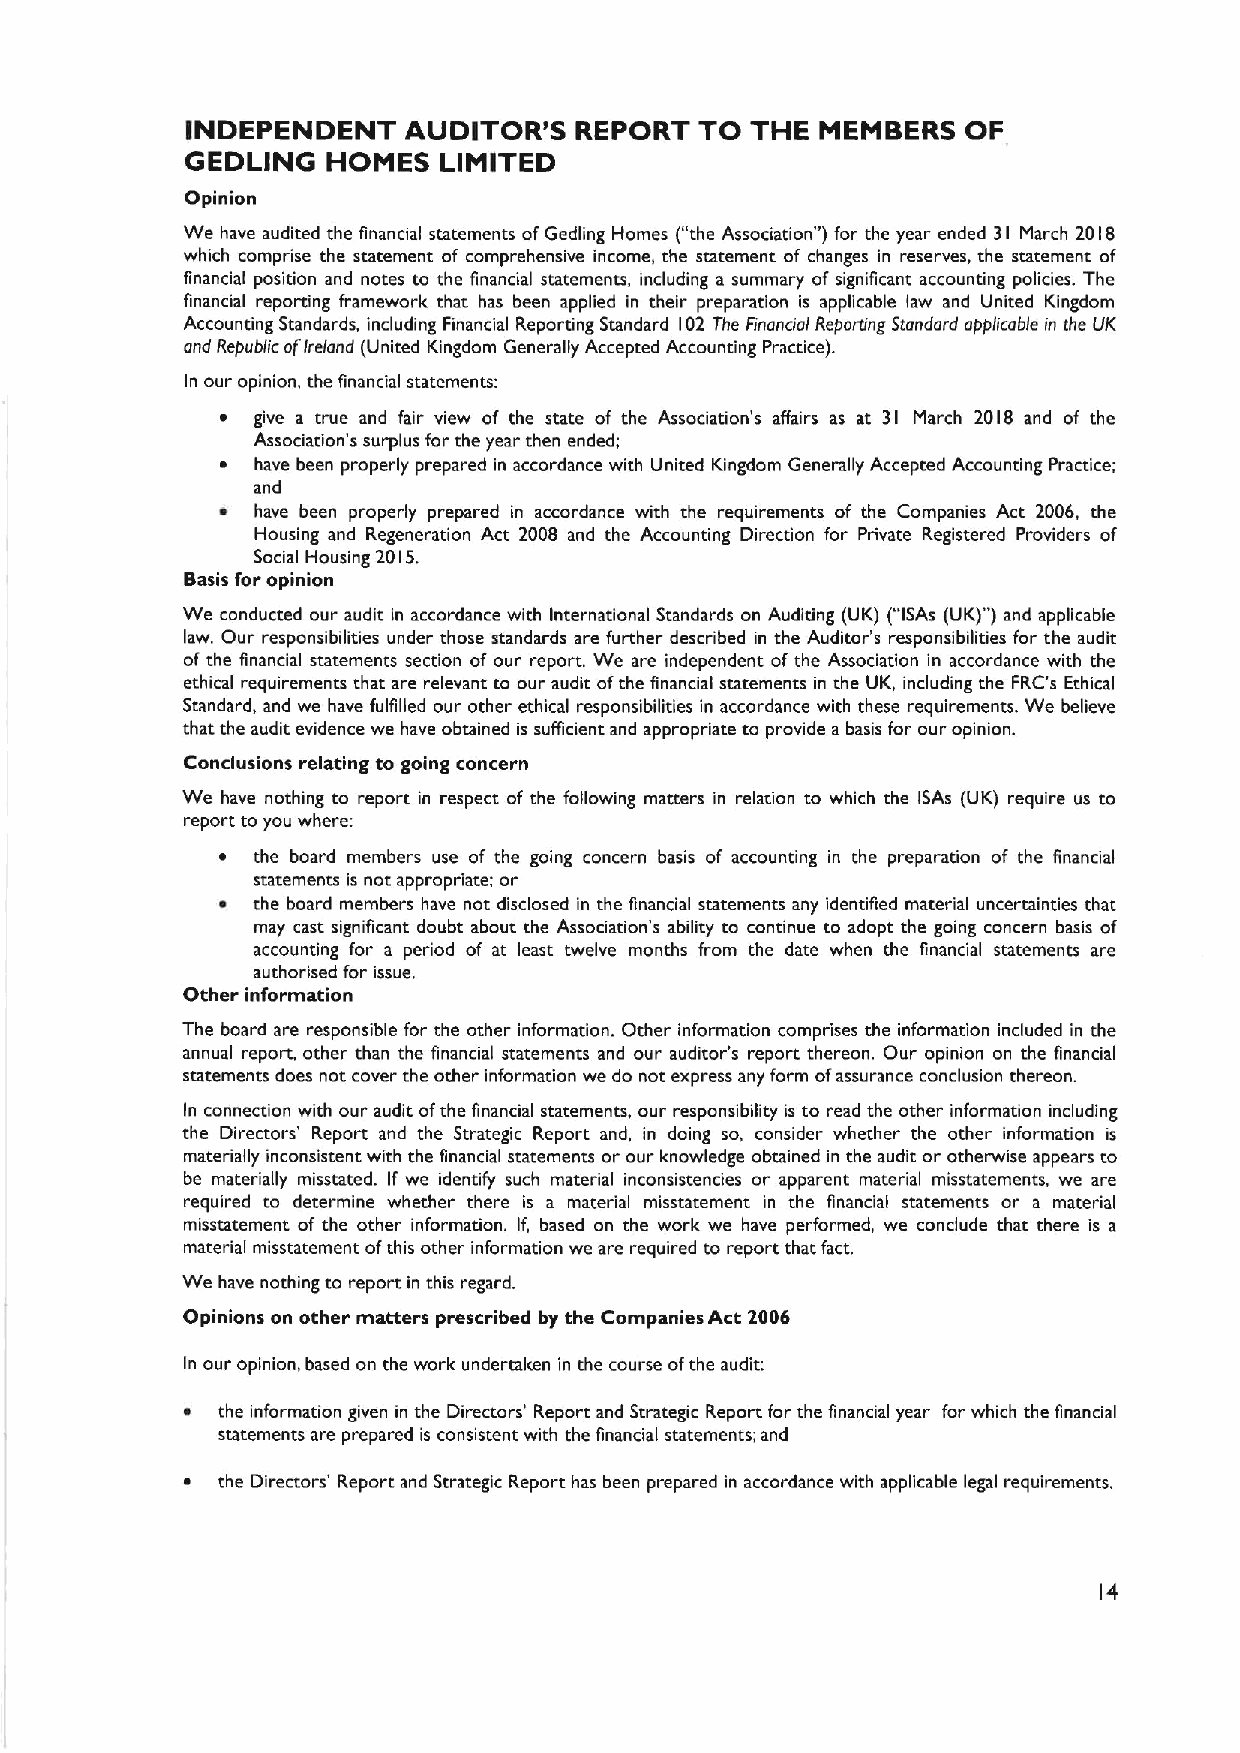
INDEPENDENT    AUDITOR'S  REPORT  TO  THE MEMBERS   OF
 GEDLING   HOMES  LIMITED
 Opinion
 We have audited the financial statements ofGedling Homes ("the Association" ) for the year ended 31 March 2018
 which comprise the statement of comprehensive income, the statement of changes in reserves, the statement of
 financial position and notes to the financial statements, including a summary of significant accounting policies. The
 financial reporting framework that has been applied in their preparation is applicable law and United Kingdom
 Accounting Standards, including Financial Reporting Standard 102 The Finoncial Reponing Standard app/icable in the UK
 ond Republic ofIreland (United Kingdom Generally Accepted Accounting Practice).
 In our opinion, the financial statements:
 ~ give a true and fair view of the state of the Association's affairs as at 31 March 2018 and of the
 Association's surplus for the year then ended;
 ~ have been properly prepared in accordance with United Kingdom Generally Accepted Accounting Practice;
 and
 ~  have been properly prepared in accordance with the requirements of the Companies Act 2006, the
 Housing and Regeneration Act 2008 and the Accounting Direction for Private Registered Providers of
 Social Housing 2015.
 Basis for opinion
 We conducted our audit in accordance with International Standards on Auditing (UK) ("ISAs (UK)")and applicable
 law. Our responsibilities under those standards are further described in the Auditor's responsibilities for the audit
 of the financial statements section of our report. We are independent ofthe Association in accordance with the
 ethical requirements that are relevant to our audit ofthe financial statements in the UK, including the FRC's Ethical
 Standard, and we have fulfilled our other ethical responsibilities in accordance with these requirements. We believe
 that the audit evidence we have obtained is sufficient and appropriate to provide a basis for our opinion.
 Conclusions relating to going concern
 We have nothing to report in respect of the following matters in relation to which the ISAs (UK) require us to
 report to you where:
 ~  the board members use of the going concern basis of accounting in the preparation of the financial
 statements is not appropriate; or
 ~  the board members have not disclosed in the financial statements any identified material uncertainties rhat.
 may cast significant doubt about the Association's ability to continue to adopt the going concern basis of
 accounting for a period of at least twelve months from the date when the financial statements are
 authorised for issue.
 Other information
 The board are responsible for the other information. Other information comprises the information included in the
 annual report, other than the financial statements and our auditor's report thereon. Our opinion on the financial
 statements does not cover the other information we do not express any form ofassurance conclusion thereon.
 In connection with our audit ofthe financial starements, our responsibility is to read the other information including
 the Directors' Report and the Strategic Report and, in doing so, consider whether the other information is
 materially inconsistent with the financial statements or our knowledge obtained in the audit or otherwise appears to
 be materially misstated. If we identify such material inconsistencies or apparent material misstatements, we are
 required to determine whether there is a material misstatement in the financial statements or a material
 misstatement of the other information. If, based on the work we have performed, we conclude that there is a
 material misstatement ofthis other information we are required to report that fact.
 We have nothing to report in this regard.
 Opinions on other matters prescribed by the Companies Act 2006
 In our opinion, based on the work undertaken in the course ofthe audit:
 ~ the information given in the Directors' Report and Strategic Report for the financial year for which the financial
 statements are prepared is consistent with the financial statements; and
 ~ the Directors' Report and Strategic Report has been prepared in accordance with applicable legal requirements.
 14